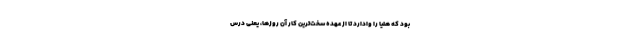
بود که هلیا را وادارد تا از عهده سخت‌ترین کار آن روزها، یعنی درس